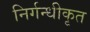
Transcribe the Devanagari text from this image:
निर्गन्धीकृत